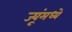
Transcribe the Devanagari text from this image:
ज्यूंमध्ये